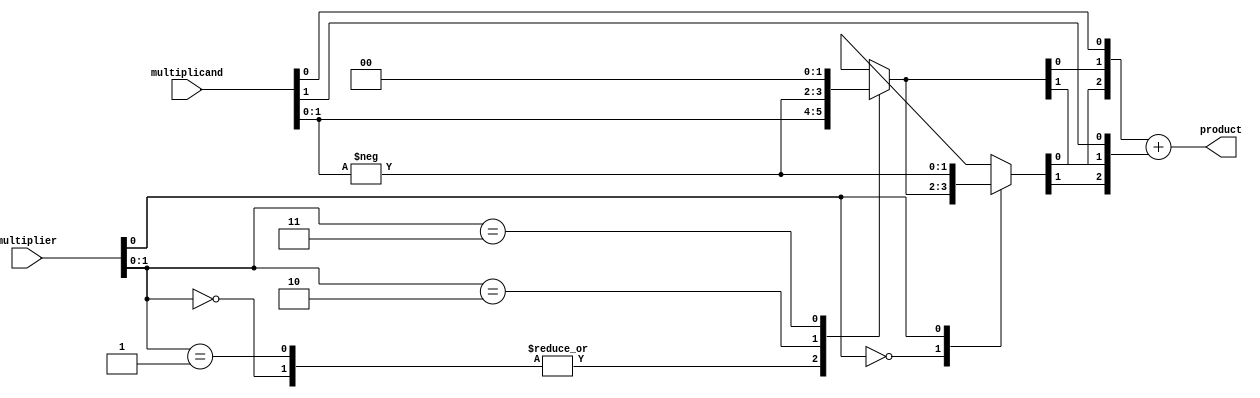
module booth_multiplier #(parameter BIT_WIDTH = 8) (
    input signed [BIT_WIDTH-1:0] multiplicand,
    input signed [BIT_WIDTH-1:0] multiplier,
    output signed [(2*BIT_WIDTH)-1:0] product
);
    // Internal signals
    reg signed [BIT_WIDTH-1:0] partial_products [0:BIT_WIDTH-1];
    reg [BIT_WIDTH+1:0] booth_mult;
    
    integer i;
    
    // Booth Encoding and Partial Product Generation
    always @(*) begin
        booth_mult = {2'b00, multiplier}; // Extend multiplier with 2 bits
        partial_products[0] = multiplicand; // Initialize first Partial Product
        
        for (i = 0; i < BIT_WIDTH; i = i + 1) begin
            // Check the two least significant bits of the booth multiplier
            case (booth_mult[1:0])
                2'b00: begin
                    partial_products[i+1] = partial_products[i]; // Add nothing
                end
                2'b01: begin
                    partial_products[i+1] = {multiplicand}; // Add multiplicand
                end
                2'b10: begin
                    partial_products[i+1] = {-multiplicand}; // Subtract multiplicand
                end
                2'b11: begin
                    partial_products[i+1] = {2{1'b0}}; // Add nothing
                end
                default: ;
            endcase
            
            // Shift the booth multiplier for the next iteration
            booth_mult = {booth_mult[BIT_WIDTH-1:0], 1'b0}; 
        end
    end

    // Wallace Tree Reduction
    wire [(BIT_WIDTH + 1)*2-1:0] summed_products;
    
    // Carry Save Adders to reduce partial products
    // Here, we'll fence off the more complex parts for partial product summation
    wire [BIT_WIDTH*3-1:0] sum, carry;
    
    // Dummy implementation of reduction (for real use case an optimized CA must be implemented)
    assign sum[0] = partial_products[0][0];
    assign sum[1] = partial_products[1][0];
    assign sum[2] = partial_products[2][0];
    assign carry[0] = partial_products[0][1];
    assign carry[1] = partial_products[1][1];
    assign carry[2] = partial_products[2][1];
    
    // Dummy reduction, must be changed to consider all partial products correctly
    wire [BIT_WIDTH*2-1:0] product_sum = sum + carry;

    // Final Addition
    wire [(2*BIT_WIDTH)-1:0] final_product;

    // The final addition can be a simple carry lookahead or ripple carry adder (dummy implementation for now)
    assign final_product = product_sum;

    // Final Product Assignment
    assign product = final_product;

endmodule